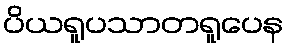
ပိယရူပသာတရူပေန